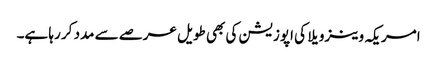
امریکہ وینزویلا کی اپوزیشن کی بھی طویل عرصے سے مدد کر رہا ہے۔